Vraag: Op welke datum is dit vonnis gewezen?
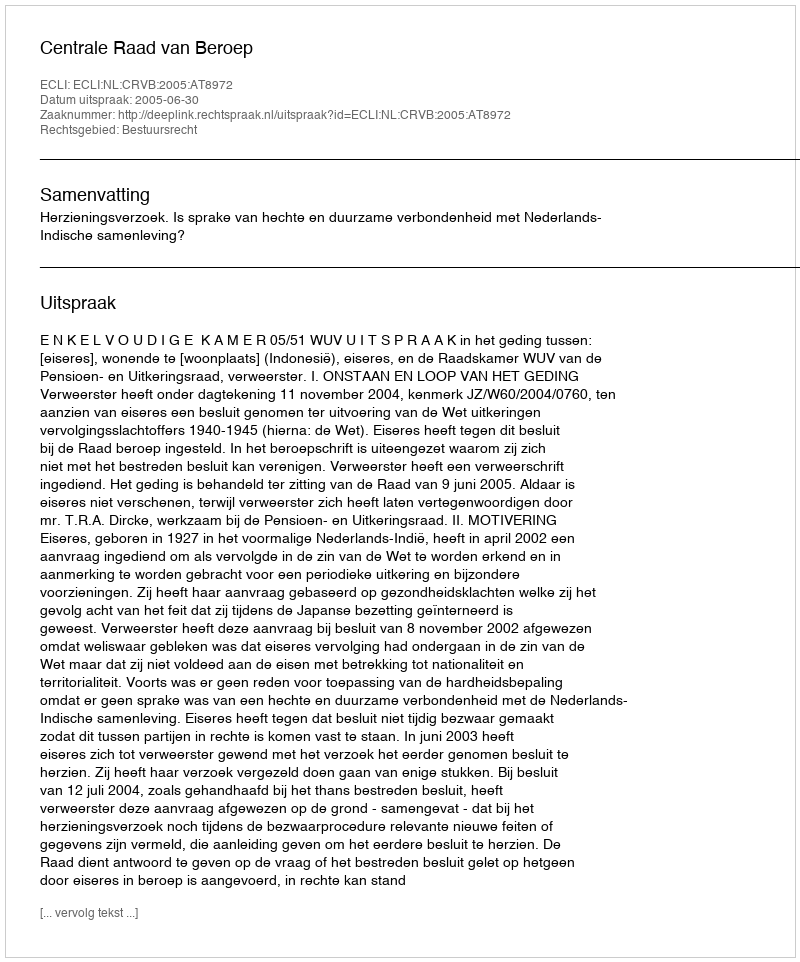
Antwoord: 2005-06-30